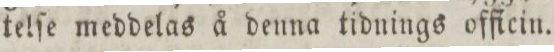
telſe meddelas å denna tidnings officin.